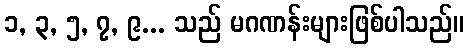
၁, ၃, ၅, ၇, ၉... သည် မဂဏန်းများဖြစ်ပါသည်။